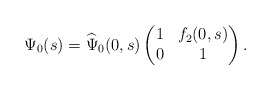
\begin{align*}\Psi_0(s)=\widehat\Psi_0(0,s)\begin{pmatrix}1&f_2(0,s)\\0&1\end{pmatrix}.\end{align*}